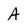
Character: A